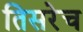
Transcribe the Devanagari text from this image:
तिसरेच